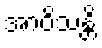
အာဝိသန္တိ